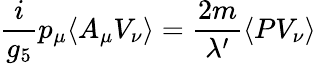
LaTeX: \frac{i}{g_{5}}p_{\mu}\langle A_{\mu}V_{\nu}\rangle=\frac{2m}{\lambda^{\prime}}\langle PV_{\nu}\rangle